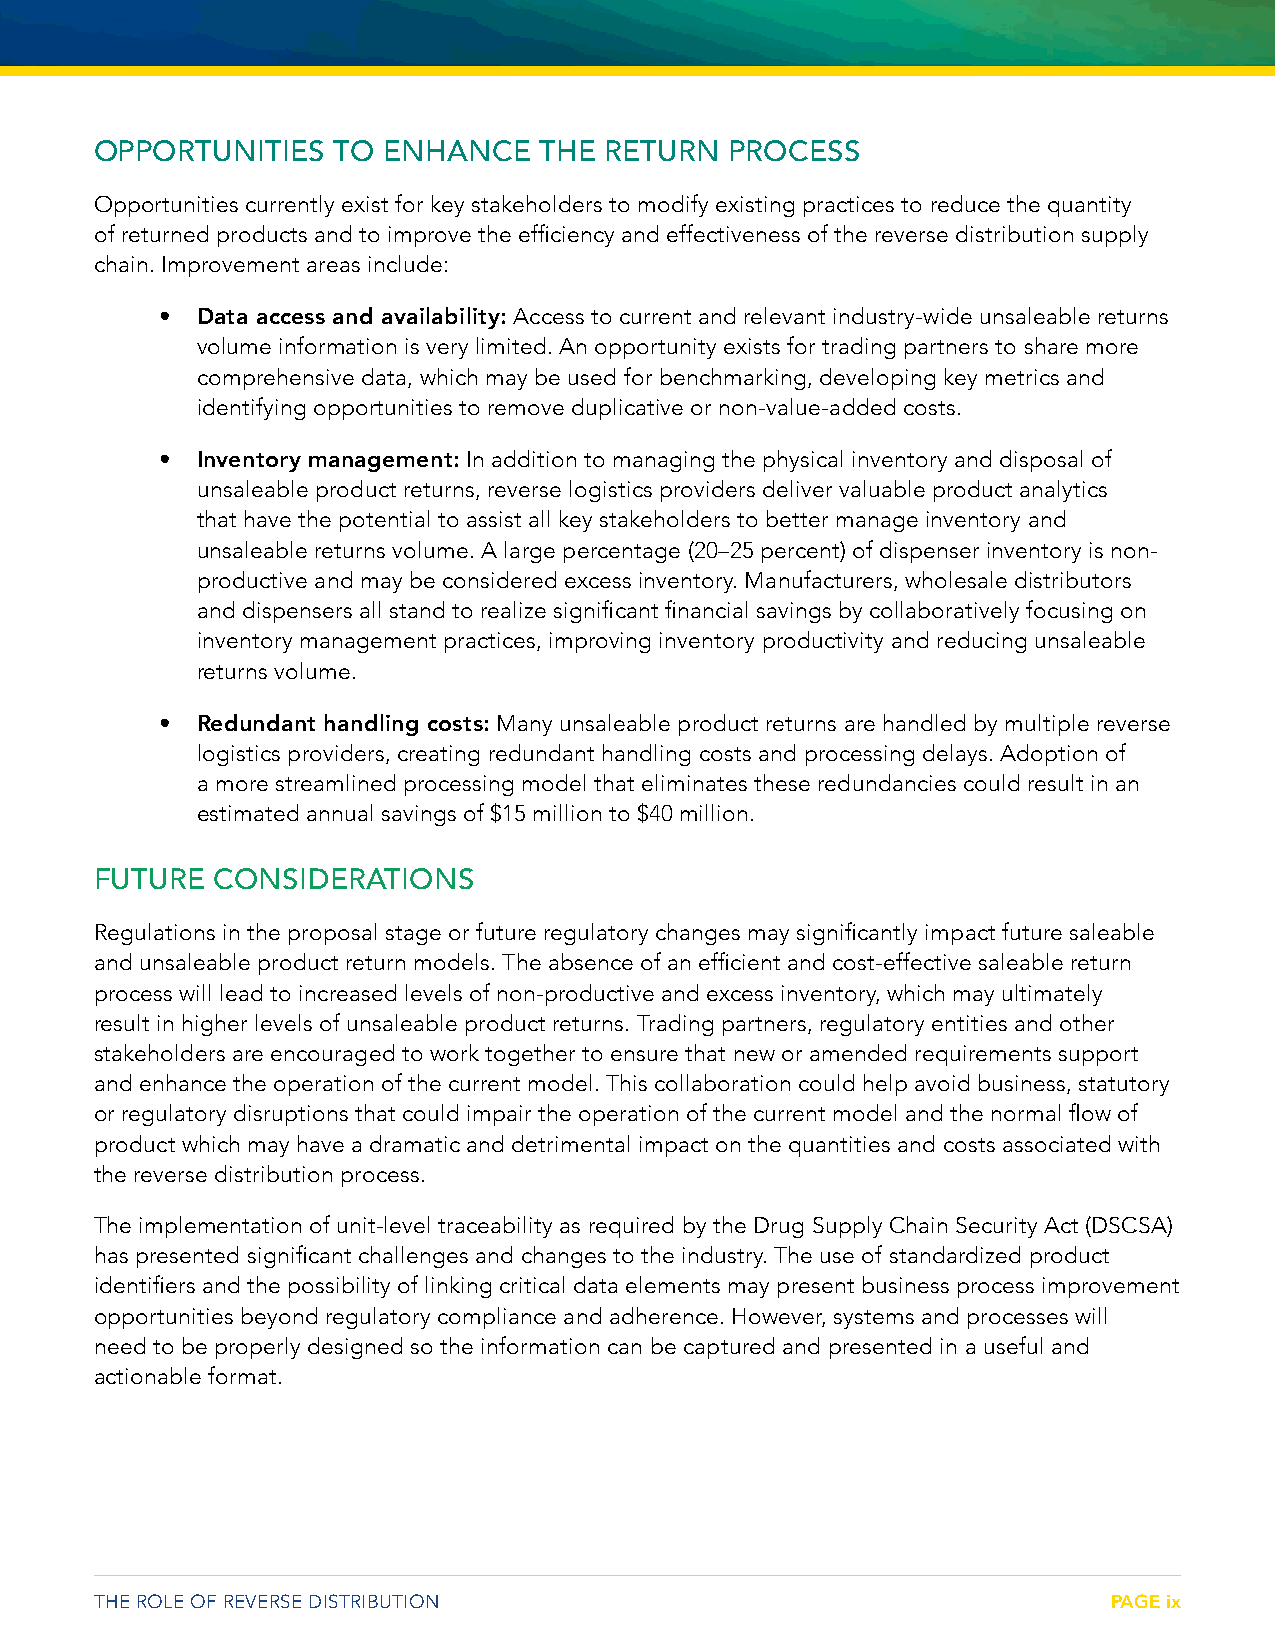
OPPORTUNITIES   TO ENHANCE    THE RETURN  PROCESS
 Opportunities currently exist for key stakeholders to modify existing practices to reduce the quantity
 of returned products and to improve the efficiency and effectiveness of the reverse distribution supply
 chain. Improvement areas include:
 • Data access and availability: Access to current and relevant industry-wide unsaleable returns
 volume information is very limited. An opportunity exists for trading partners to share more
 comprehensive data, which may be used for benchmarking, developing key metrics and
 identifying opportunities to remove duplicative or non-value-added costs.
 • Inventory management: In addition to managing the physical inventory and disposal of
 unsaleable product returns, reverse logistics providers deliver valuable product analytics
 that have the potential to assist all key stakeholders to better manage inventory and
 unsaleable returns volume. A large percentage (20–25 percent) of dispenser inventory is non-
 productive and may be considered excess inventory. Manufacturers, wholesale distributors
 and dispensers all stand to realize significant financial savings by collaboratively focusing on
 inventory management practices, improving inventory productivity and reducing unsaleable
 returns volume.
 • Redundant handling costs: Many unsaleable product returns are handled by multiple reverse
 logistics providers, creating redundant handling costs and processing delays. Adoption of
 a more streamlined processing model that eliminates these redundancies could result in an
 estimated annual savings of $15 million to $40 million.
 FUTURE  CONSIDERATIONS
 Regulations in the proposal stage or future regulatory changes may significantly impact future saleable
 and unsaleable product return models. The absence of an efficient and cost-effective saleable return
 process will lead to increased levels of non-productive and excess inventory, which may ultimately
 result in higher levels of unsaleable product returns. Trading partners, regulatory entities and other
 stakeholders are encouraged to work together to ensure that new or amended requirements support
 and enhance the operation of the current model. This collaboration could help avoid business, statutory
 or regulatory disruptions that could impair the operation of the current model and the normal flow of
 product which may have a dramatic and detrimental impact on the quantities and costs associated with
 the reverse distribution process.
 The implementation of unit-level traceability as required by the Drug Supply Chain Security Act (DSCSA)
 has presented significant challenges and changes to the industry. The use of standardized product
 identifiers and the possibility of linking critical data elements may present business process improvement
 opportunities beyond regulatory compliance and adherence. However, systems and processes will
 need to be properly designed so the information can be captured and presented in a useful and
 actionable format.
 THE ROLE OF REVERSE DISTRIBUTION                                    PAGE ix